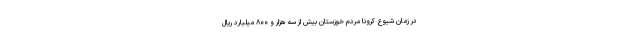
در زمان شیوع کرونا مردم خوزستان بیش از سه هزار و ۸۰۰ میلیارد ریال